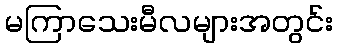
မကြာသေးမီလများအတွင်း